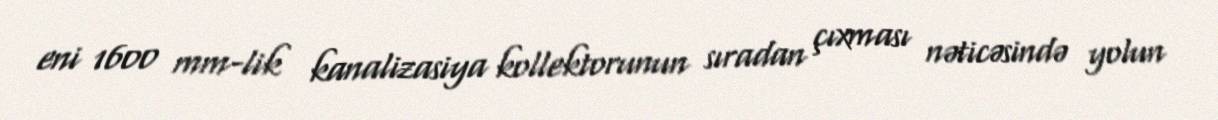
eni 1600 mm-lik kanalizasiya kollektorunun sıradan çıxması nəticəsində yolun